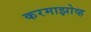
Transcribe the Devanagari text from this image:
करमाझोव्ह